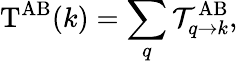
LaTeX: \mathrm{T}^{\mathrm{AB}}(k)=\sum_{q}{\mathcal{T}}_{q\rightarrow k}^{\mathrm{AB}},